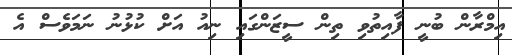
އިމްރާން ބުނީ ފާއިތުވި ތިން ސީޒަންގައި ނިއު އަށް ކުޅުނު ނަމަވެސް އެ